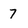
Character: 7